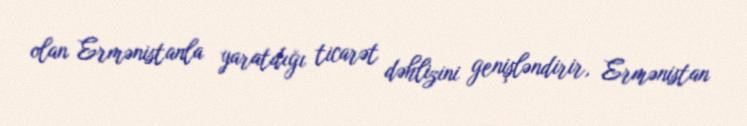
olan Ermənistanla yaratdığı ticarət dəhlizini genişləndirir, Ermənistan